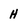
Character: H